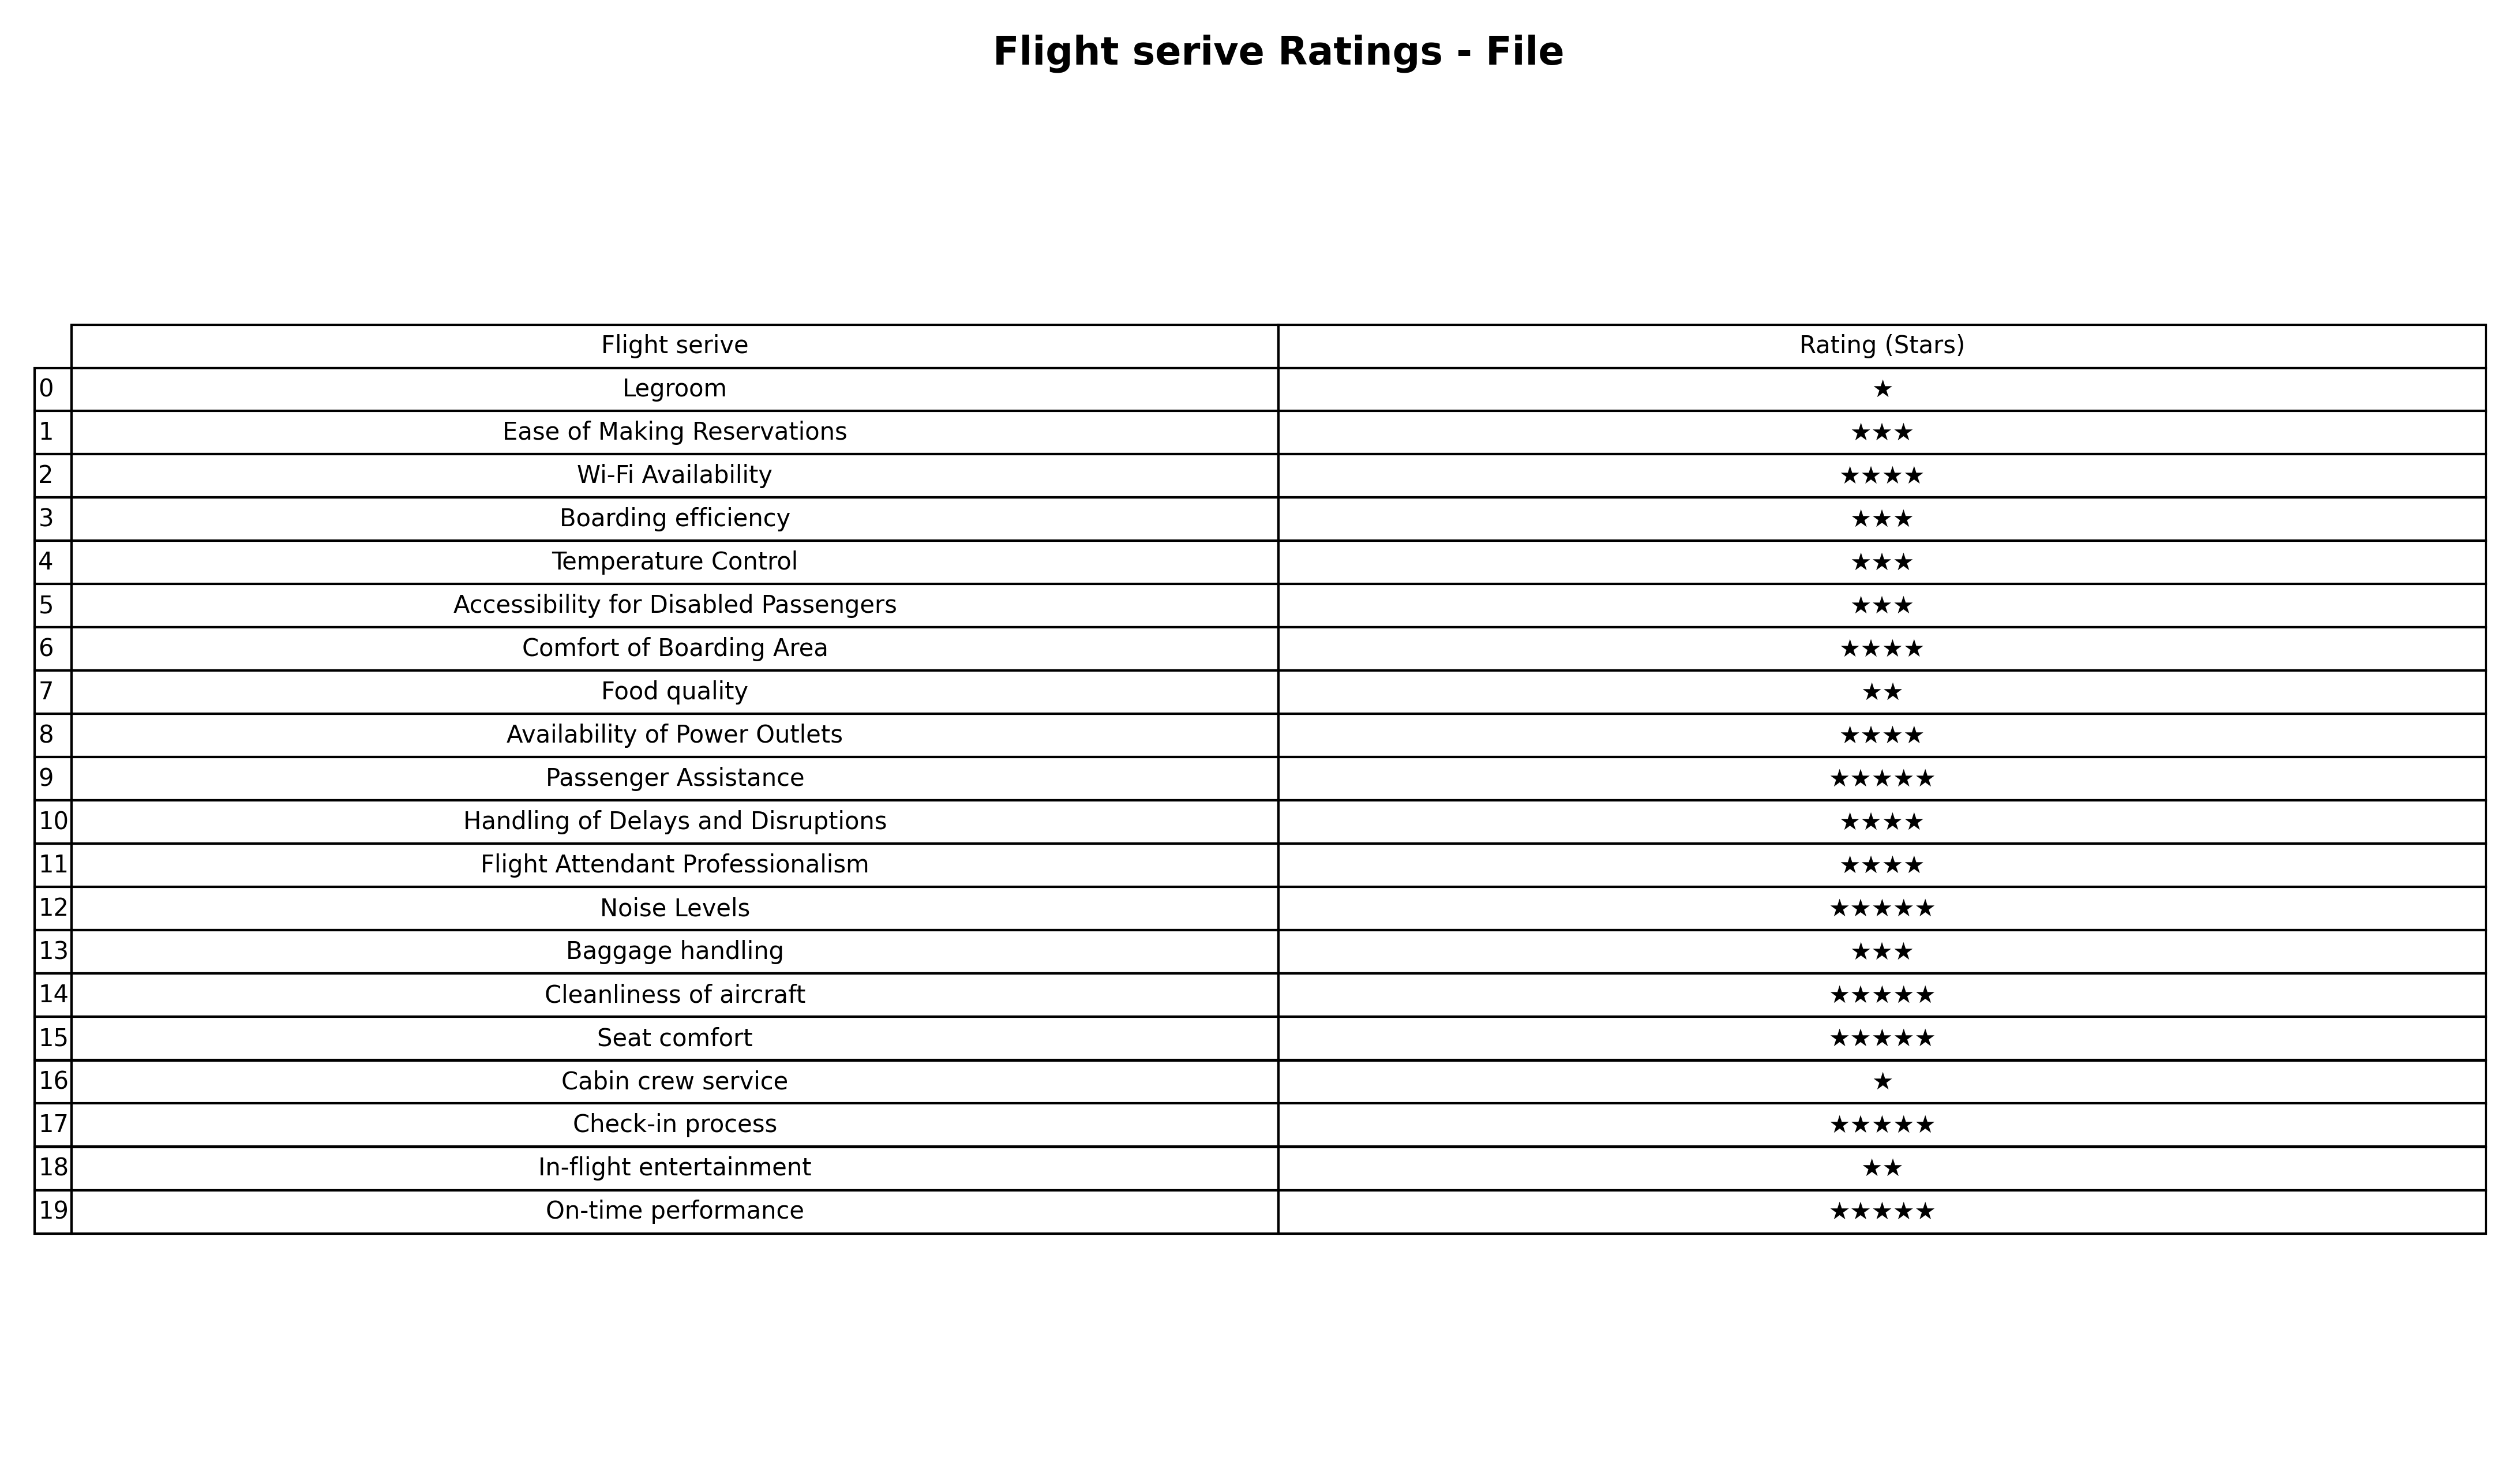
question: What are two star services?
answer: Food qualityIn-flight entertainment